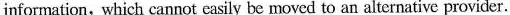
information,which cannot easily be moved to an alternative provider.